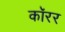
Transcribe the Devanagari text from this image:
कॉरर